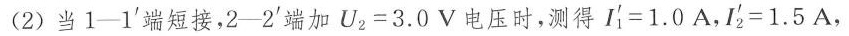
(2)当1-1^{'}端短接，2-2^{'}端加U_{2}=3.0V电压时，测得I_{1}^{'}=1.0A，I_{2}^{'}=1.5A，